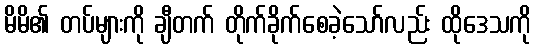
မိမိ၏ တပ်များကို ချီတက် တိုက်ခိုက်စေခဲ့သော်လည်း ထိုဒေသကို